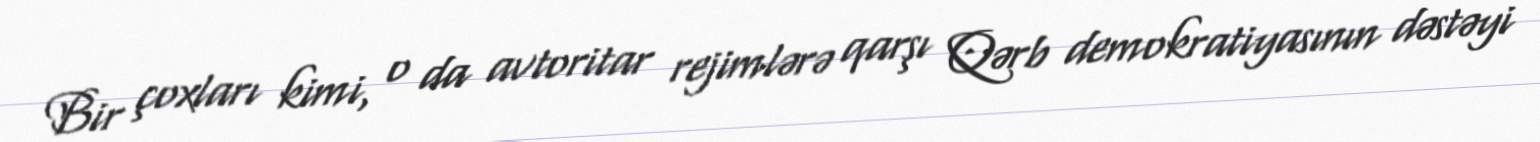
Bir çoxları kimi, o da avtoritar rejimlərə qarşı Qərb demokratiyasının dəstəyi